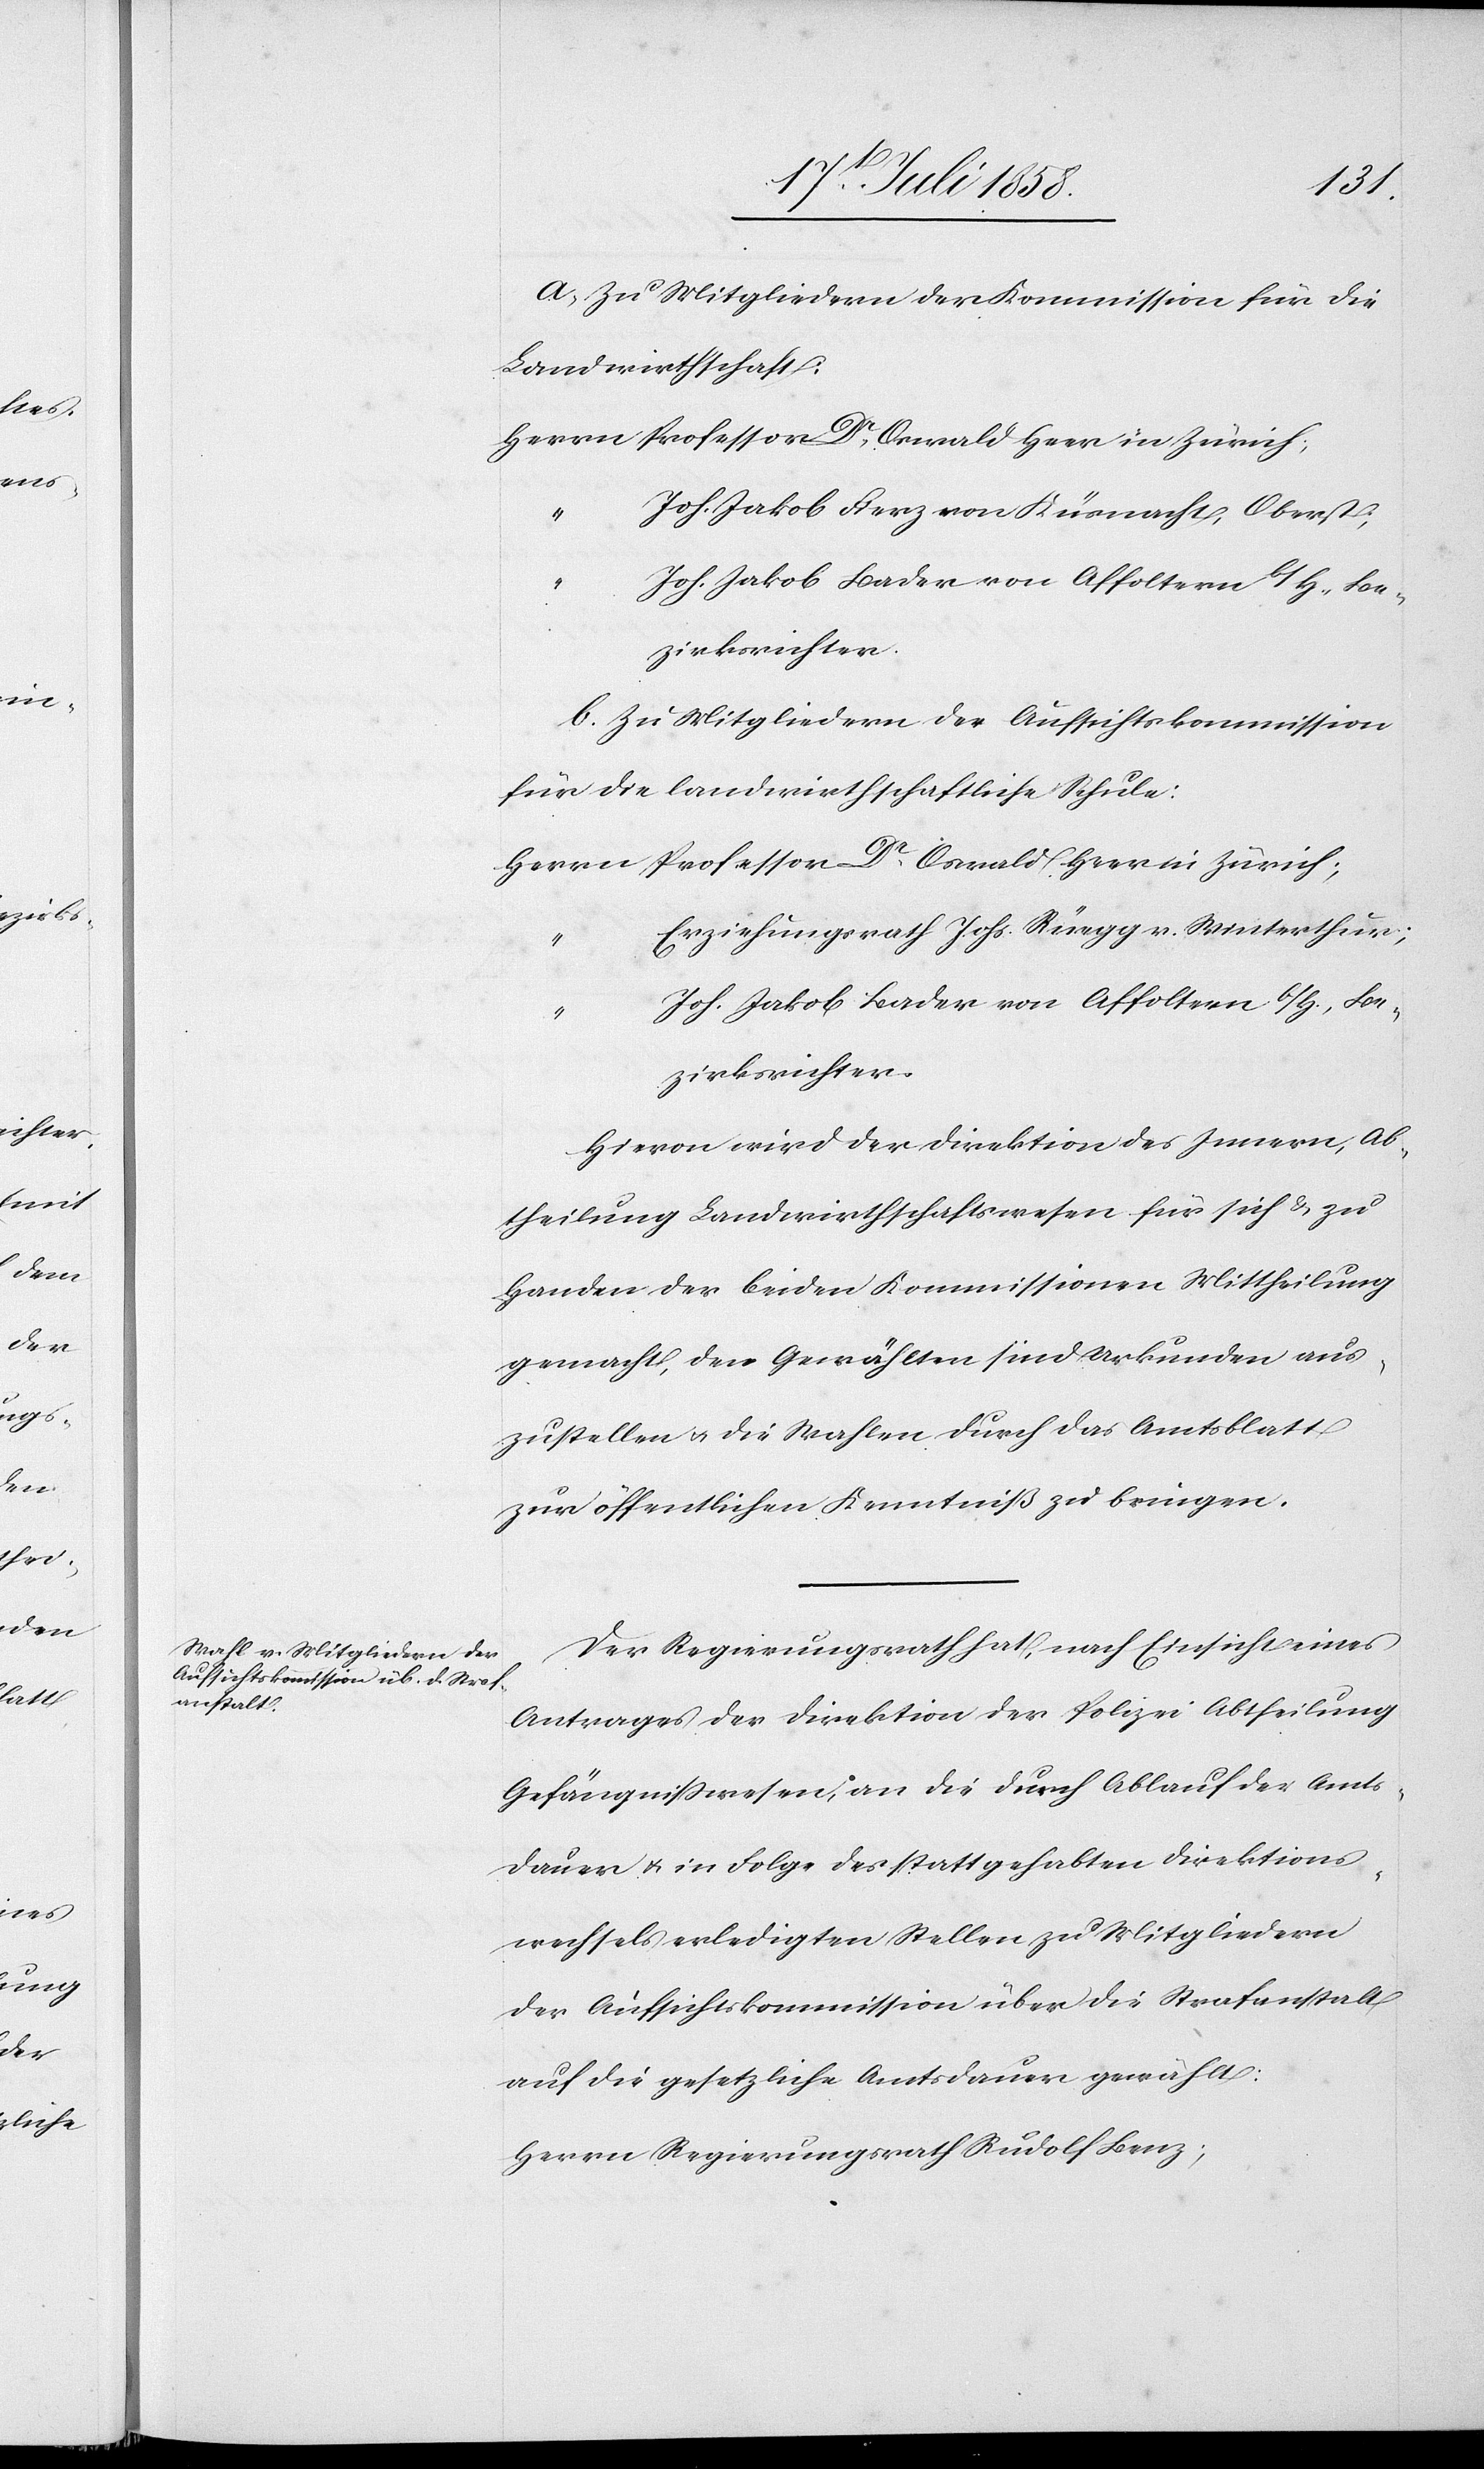
a. Zu Mitgliedern der Kommission für die
Landwirthschaft:
Herrn Professor Dr. Oswald Heer in Zürich;
Joh. Jakob Fierz von Küsnacht, Oberst;
zirksrichter.
b. Zu Mitgliedern der Aufsichtskommission
für die landwirthschaftliche Schule:
Herrn Professor Dr. Oswald Heer in Zürich;
Erziehungsrath Johs. Rüegg v. Winterthur;
Joh. Jakob Bader von Affoltern b/H., Be¬
zirksrichter.
Hievon wird der Direktion des Innern, Ab¬
theilung Landwirthschaftswesen für sich & zu
Handen der beiden Kommissionen Mittheilung
gemacht, den Gewählten sind Urkunden aus¬
zustellen & die Wahlen durch das Amtsblatt
zur öffentlichen Kenntniß zu bringen.
Der Regierungsrath hat, nach Einsicht eines
Antrages der Direktion der Polizei Abtheilung
Gefängnisswesen, an die durch Ablauf der Amts¬
dauer & in Folge des stattgehabten Direktions¬
wechsels erledigten Stellen zu Mitgliedern
der Aufsichtskommission über die Strafanstalt
auf die gesetzliche Amtsdauer gewählt:
Herrn Regierungsrath Rudolf Benz;